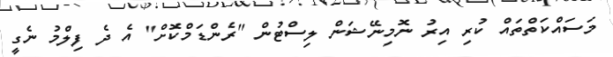
މަސައްކަތްތައް ކުރި އިރު ނޮމިނޭޝަން ލިސްޓުން "ރެންޑަމްކޮށް" އެ ދެ ފިލްމު ނެގީ